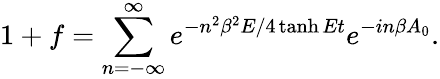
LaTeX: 1+f=\sum_{n=-\infty}^{\infty}e^{-n^{2}\beta^{2}E/4\operatorname{tanh}Et}e^{-in\beta A_{0}}.